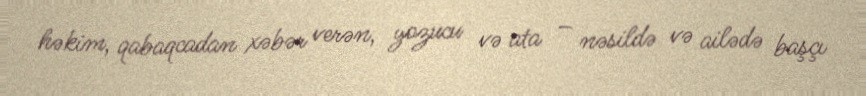
həkim, qabaqcadan xəbər verən, yozucu və ata – nəsildə və ailədə başçı